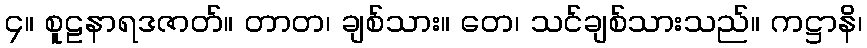
၄။ စူဠနာရဒဇာတ်။ တာတ၊ ချစ်သား။ တေ၊ သင်ချစ်သားသည်။ ကဋ္ဌာနိ၊